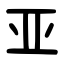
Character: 亚